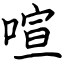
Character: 喧